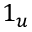
1 _ { u }